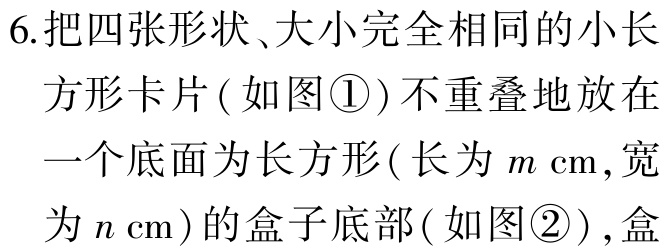
6.把四张形状、大小完全相同的小长

方形卡片(如图\textcircled{1})不重叠地放在

一个底面为长方形(长为\(m\) cm,宽

为\(n\) cm)的盒子底部(如图\textcircled{2}),盒